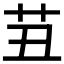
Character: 𰰪